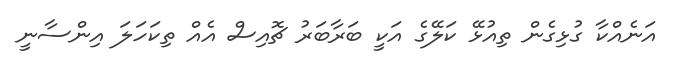
އަނެއްކާ ގުޅިގެން ތިއުޅޭ ކަލޭގެ އަކީ ބަރާބަރު ޗޮއިސް އެއް ތިކަހަލަ އިންސާނީ